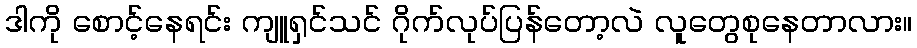
ဒါကို စောင့်နေရင်း ကျူရှင်သင် ဂိုက်လုပ်ပြန်တော့လဲ လူတွေစုနေတာလား။